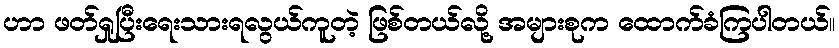
ဟာ ဖတ်ရှုပြီးရေးသားရလွယ်ကူတဲ့ ဖြစ်တယ်လို့ အများစုက ထောက်ခံကြပါတယ်။